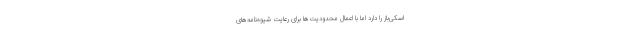
اسکی‌باز را دارد اما با اعمال محدودیت‌ها برای رعایت شیوه‌نامه‌های